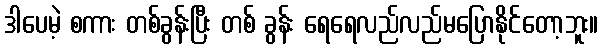
ဒါပေမဲ့ စကား တစ်ခွန်းပြီး တစ် ခွန်း ရေရေလည်လည်မပြောနိုင်တော့ဘူး။